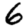
Digit: 6